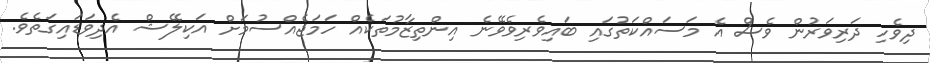
ދިވެހި ދަރިވަރުން ވެސް އެ މަސައްކަތުގައި ބައިވެރިވެވޭނެ އިންތިޒާމުތަކެއް ހަމަޖެއްސުމަށް އަކިލޭޝް އެދިވަޑައިގަތެވެ.